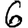
Digit: 6